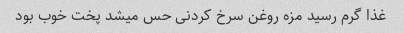
غذا گرم رسید مزه روغن سرخ کردنی حس میشد پخت خوب بود